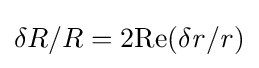
\delta R/R=2{\rm {{Re}({\it {{\delta r/r})}}}}